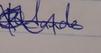
Signature authenticity: genuine